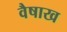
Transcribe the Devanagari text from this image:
वैषाख